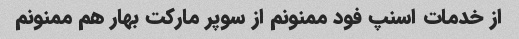
از خدمات اسنپ فود ممنونم از سوپر مارکت بهار هم ممنونم